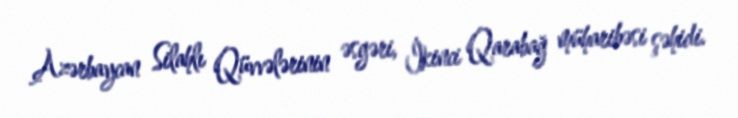
Azərbaycan Silahlı Qüvvələrinin əsgəri, İkinci Qarabağ müharibəsi şəhidi.